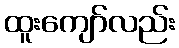
ထူးကျော်လည်း